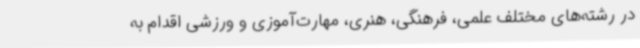
در رشته‌های مختلف علمی، فرهنگی، هنری، مهارت‌آموزی و ورزشی اقدام به